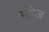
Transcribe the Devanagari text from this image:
मेंडे़ज